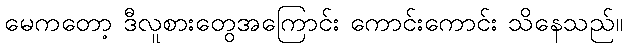
မေကတော့ ဒီလူစားတွေအကြောင်း ကောင်းကောင်း သိနေသည်။